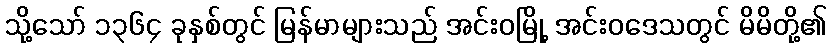
သို့သော် ၁၃၆၄ ခုနှစ်တွင် မြန်မာများသည် အင်းဝမြို့ အင်းဝဒေသတွင် မိမိတို့၏